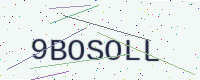
Text: 9BOSOLL